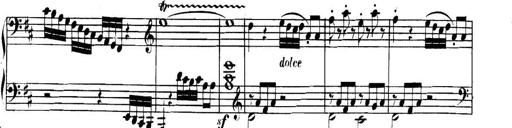
Title: Collected Piano Sonatas
Composer: Muzio Clementi